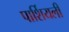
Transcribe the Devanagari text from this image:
पार्शियली